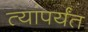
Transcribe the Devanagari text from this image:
त्यांपर्यंत